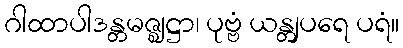
ဂါထာပါဒန္တမဇ္ဈဋ္ဌာ၊ ပုဗ္ဗံ ယန္တျပရေ ပရံ။